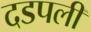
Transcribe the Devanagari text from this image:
दडपली